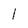
Character: l